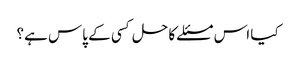
کیا اس مسئلے کا حل کسی کے پاس ہے؟